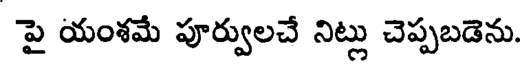
పై యంశమే పూర్వులచే నిట్లు చెప్పబడెను.